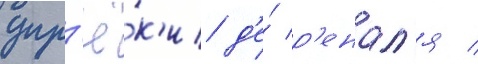
упр'ё́к'и д'е́ р'енал'я /